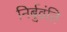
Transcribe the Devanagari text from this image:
निर्बुवंति